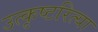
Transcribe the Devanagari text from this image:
उत्कृष्टरित्या